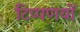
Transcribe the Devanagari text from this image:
टिप्पणयों